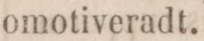
omotiveradt.